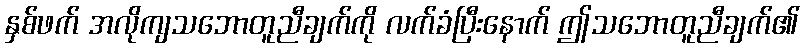
နှစ်ဖက် အလိုကျသဘောတူညီချက်ကို လက်ခံပြီးနောက် ဤသဘောတူညီချက်၏